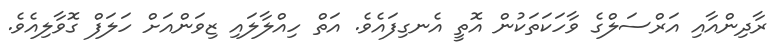
ރާދިންއާއި އަރްސަލްގެ ވާހަކަތަކުން އޮތީ އެނގިފައެވެ. އަތް ހިއްލާލައި ޒިވަންއަށް ހަލަފް ގޮވާލިއެވެ.